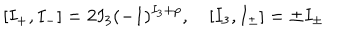
LaTeX: [ I _ { + } , I _ { - } ] = 2 I _ { 3 } ( - 1 ) ^ { I _ { 3 } + p } , \quad [ I _ { 3 } , I _ { \pm } ] = \pm I _ { \pm }